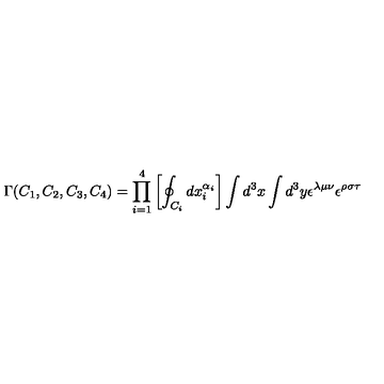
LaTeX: \Gamma ( C _ { 1 } , C _ { 2 } , C _ { 3 } , C _ { 4 } ) = \prod _ { i = 1 } ^ { 4 } \left[ \oint _ { C _ { i } } d x _ { i } ^ { \alpha _ { i } } \right] \int d ^ { 3 } x \int d ^ { 3 } y \epsilon ^ { \lambda \mu \nu } \epsilon ^ { \rho \sigma \tau }